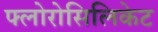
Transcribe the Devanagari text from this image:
फ्लोरोसिलिकेट